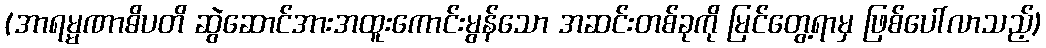
(အာရမ္မဏာဓိပတိ ဆွဲဆောင်အားအထူးကောင်းမွန်သော အဆင်းတစ်ခုကို မြင်တွေ့ရာမှ ဖြစ်ပေါ်လာသည့်)